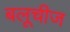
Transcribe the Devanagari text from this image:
बलूचीज